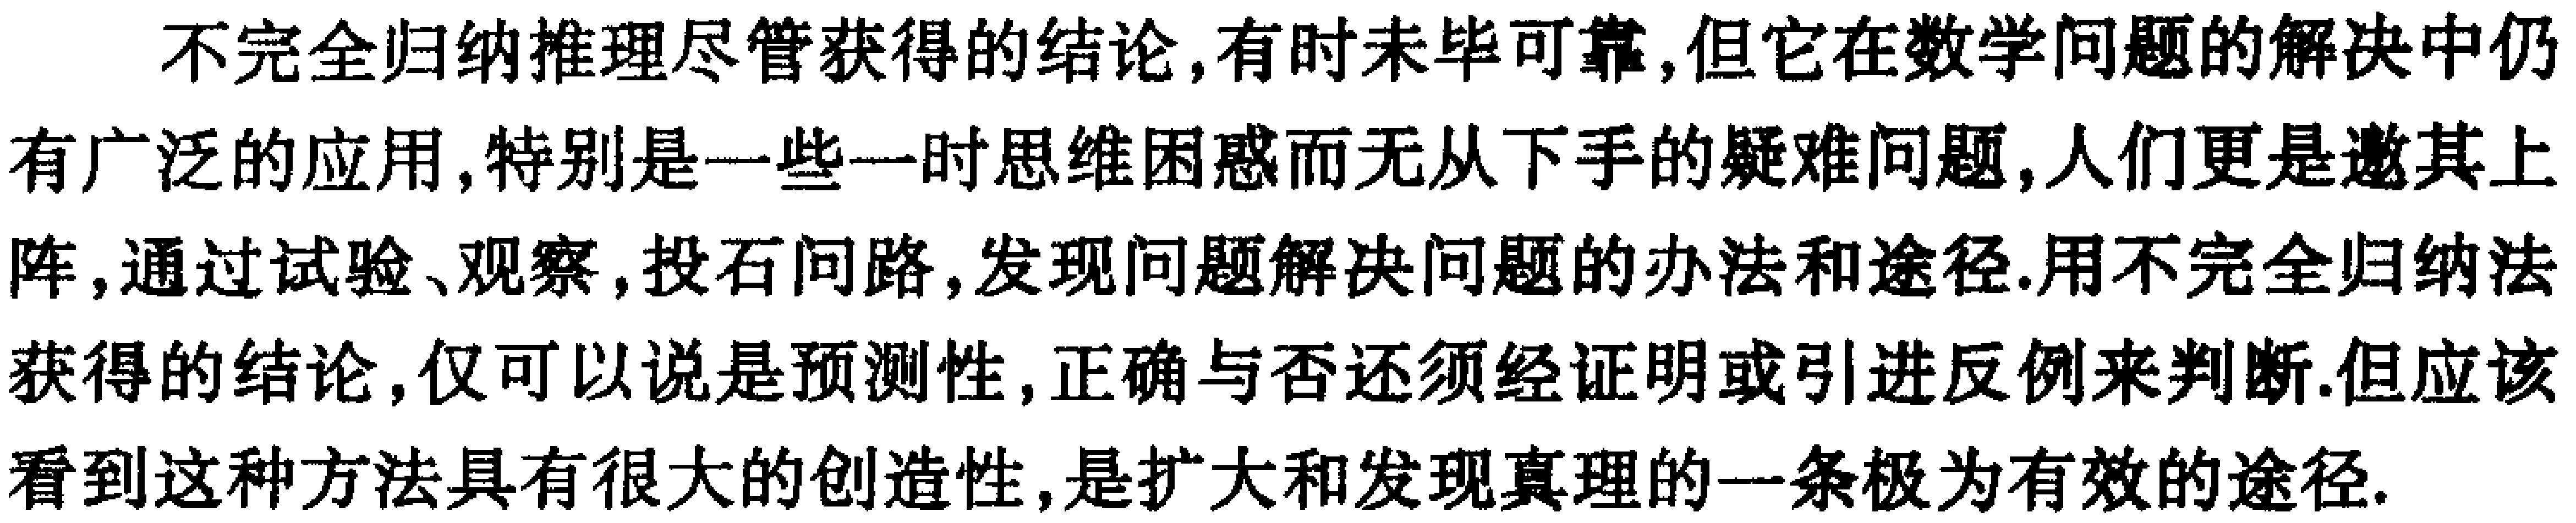
不完全归纳推理尽管获得的结论,有时未毕可靠,但它在数学问题的解决中仍有广泛的应用,特别是一些一时思维困惑而无从下手的疑难问题,人们更是邀其上阵,通过试验、观察,投石问路,发现问题解决问题的办法和途径.用不完全归纳法获得的结论,仅可以说是预测性,正确与否还须经证明或引进反例来判断.但应该看到这种方法具有很大的创造性,是扩大和发现真理的一条极为有效的途径.